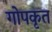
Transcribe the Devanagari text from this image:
गोपकृत